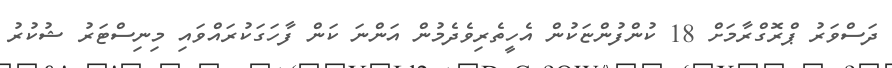
ދަސްވަރު ޕްރޮގްރާމަށް 18 ކުންފުންޏަކުން އެހީތެރިވެދެމުން އަންނަ ކަން ފާހަގަކުރައްވައި މިނިސްޓަރު ޝުކުރު